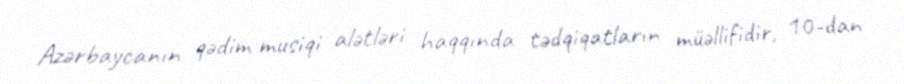
Azərbaycanın qədim musiqi alətləri haqqında tədqiqatların müəllifidir, 10-dan